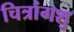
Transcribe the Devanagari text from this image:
चित्रांगशु